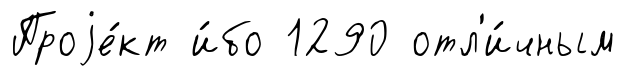
Проjе́кт и́бо 1290 отл'и́чным